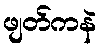
ဖျတ်ကနဲ